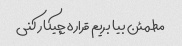
مطمئن بیا بریم قراره چیکار کنی